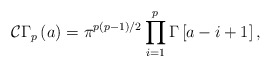
\begin{align*}\mathcal{C}\Gamma_p\left(a\right) = \pi^{p\left(p-1\right)/2} \prod_{i=1}^p \Gamma \left[a - i +1 \right],\end{align*}